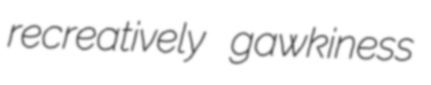
recreatively gawkiness